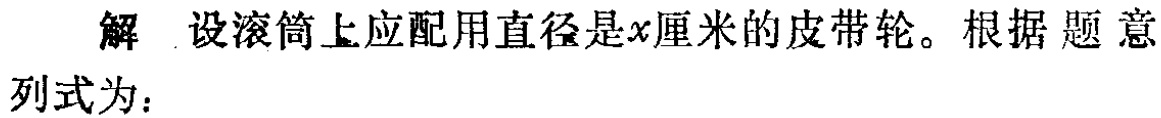
解 设滚筒上应配用直径是\(x\)厘米的皮带轮。根据题意列式为：